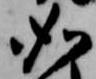
如